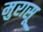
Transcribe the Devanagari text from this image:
मुरासू